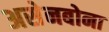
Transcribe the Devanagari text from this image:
असेनबोना